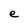
Character: e